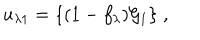
LaTeX: u _ { \lambda 1 } = \{ ( 1 - f _ { \lambda } ) { \cal G } _ { 1 } \} \; ,